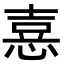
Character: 𢝫